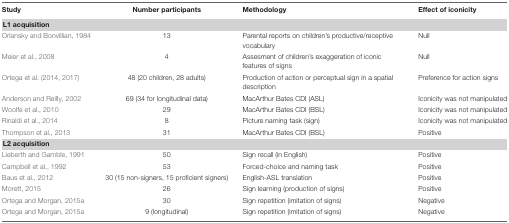
<table><thead><tr><td><b>Study</b></td><td><b>Number participants</b></td><td><b>Methodology</b></td><td><b>Effect of iconicity</b></td></tr></thead><tbody><tr><td><b>L1 acquisition</b></td></tr><tr><td>Orlansky and Bonvillian, 1984</td><td>13</td><td>Parental reports on children’s productive/receptive vocabulary</td><td>Null</td></tr><tr><td>Meier et al., 2008</td><td>4</td><td>Assesment of children’s exaggeration of iconic features of signs</td><td>Null</td></tr><tr><td>Ortega et al. (2014, 2017)</td><td>48 (20 children, 28 adults)</td><td>Production of action or perceptual sign in a spatial description</td><td>Preference for action signs</td></tr><tr><td>Anderson and Reilly, 2002</td><td>69 (34 for longitudinal data)</td><td>MacArthur Bates CDI (ASL)</td><td>Iconicity was not manipulated</td></tr><tr><td>Woolfe et al., 2010</td><td>29</td><td>MacArthur Bates CDI (BSL)</td><td>Iconicity was not manipulated</td></tr><tr><td>Rinaldi et al., 2014</td><td>8</td><td>Picture naming task (sign)</td><td>Iconicity was not manipulated</td></tr><tr><td>Thompson et al., 2013</td><td>31</td><td>MacArthur Bates CDI (BSL)</td><td>Positive</td></tr><tr><td><b>L2 acquisition</b></td></tr><tr><td>Lieberth and Gamble, 1991</td><td>50</td><td>Sign recall (in English)</td><td>Positive</td></tr><tr><td>Campbell et al., 1992</td><td>53</td><td>Forced-choice and naming task</td><td>Positive</td></tr><tr><td>Baus et al., 2012</td><td>30 (15 non-signers, 15 proficient signers)</td><td>English-ASL translation</td><td>Positive</td></tr><tr><td>Morett, 2015</td><td>26</td><td>Sign learning (production of signs)</td><td>Positive</td></tr><tr><td>Ortega and Morgan, 2015a</td><td>30</td><td>Sign repetition (imitation of signs)</td><td>Negative</td></tr><tr><td>Ortega and Morgan, 2015a</td><td>9 (longitudinal)</td><td>Sign repetition (imitation of signs)</td><td>Negative</td></tr></tbody></table>